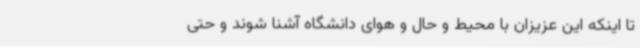
تا اینکه این عزیزان با محیط و حال و هوای دانشگاه آشنا شوند و حتی